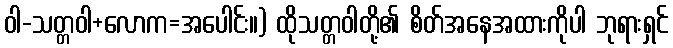
ဝါ-သတ္တဝါ+လောက=အပေါင်း။) ထိုသတ္တဝါတို့၏ စိတ်အနေအထားကိုပါ ဘုရားရှင်